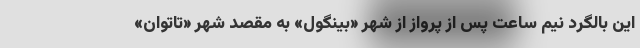
این بالگرد نیم ساعت پس از پرواز از شهر «بینگول» به مقصد شهر «تاتوان»